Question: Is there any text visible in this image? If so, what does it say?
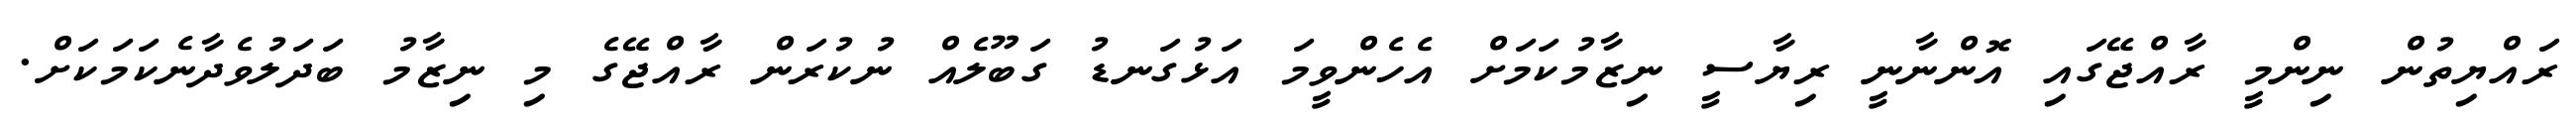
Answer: ރައްޔިތުން ނިންމީ ރާއްޖޭގައި އޮންނާނީ ރިޔާސީ ނިޒާމުކަމަށް އެހެންވީމަ އަޅުގަނޑު ގަބޫލެއް ނުކުރަން ރާއްޖޭގެ މި ނިޒާމު ބަދަލުވެދާނެކަމަކަށް.